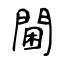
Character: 閫